Scientific memoirs by medical officers of the Army of India - Part VI,
Year: 1891
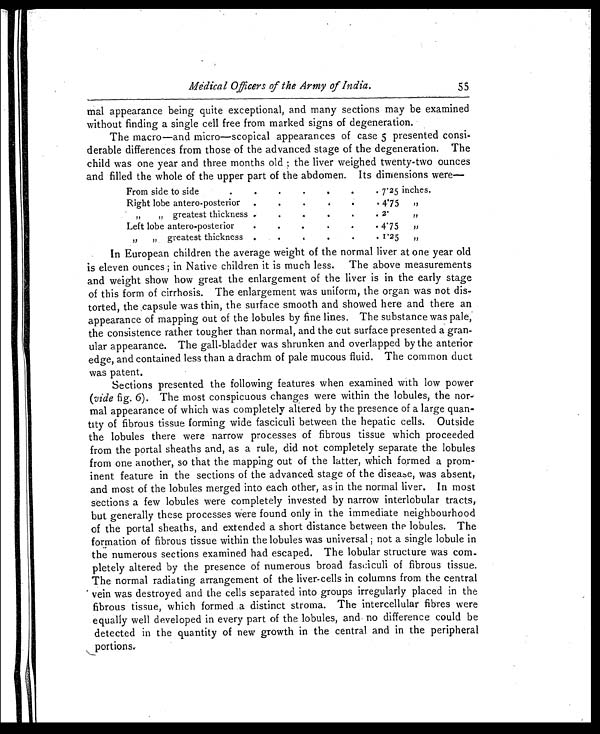
Medical Officers of the Army of India.
55
mal appearance being quite exceptional, and many sections may be examined
without finding a single cell free from marked signs of degeneration.
The macro—and micro—scopical appearances of case 5 presented consi-
derable differences from those of the advanced stage of the degeneration. The
child was one year and three months old; the liver weighed twenty-two ounces
and filled the whole of the upper part of the abdomen. Its dimensions were—
From side to side.
.
.
.
. .
. 7
.25 inches.
Right lobe antero-posterio
.
.
.
.
.
. 4.75
, ,
,,
„ greatest thickness .
.
.
.
.
. 2.
,,
Left lobe antero-posterior
.
.
.
.
.
. 4.75
,,
„
„ greatest thickness .
.
.
.
. 1.25 „
In European children the average weight of the normal liver at one year old
is eleven ounces ; in Native children it is much less. The above measurements
and weight show how great the enlargement of the liver is in the early stage
of this form of cirrhosis. The enlargement was uniform, the organ was not dis-
torted, the capsule was thin, the surface smooth and showed here and there an
appearance of mapping out of the lobules by fine lines. The substance was pale;
the consistence rather tougher than normal, and the cut surface presented a gran-
ular appearance. The gall-bladder was shrunken and overlapped by the anterior
edge, and contained less than a drachm of pale mucous fluid. The common duct
was patent.
Sections presented the following features when examined with low power
(vide fig. 6). The most conspicuous changes were within the lobules, the nor-
mal appearance of which was completely altered by the presence of a large quan-
tity of fibrous tissue forming wide fasciculi between the hepatic cells. Outside
the lobules there were narrow processes of fibrous tissue which proceeded
from the portal sheaths and, as a rule, did not completely separate the lobules
from one another, so that the mapping out of the latter, which formed a prom-
inent feature in the sections of the advanced stage of the disease, was absent,
and most of the lobules merged into each other, as in the normal liver. In most
sections a few lobules were completely invested by narrow interlobular tracts,
but generally these processes Were found only in the immediate neighbourhood
of the portal sheaths, and extended a short distance between the lobules. The
formation of fibrous tissue within the lobules was universal; not a single lobule in
the numerous sections examined had escaped. The lobular structure was com-
pletely altered by the presence of numerous broad fasciculi of fibrous tissue.
The normal radiating arrangement of the liver-cells in columns from the central
vein was destroyed and the cells separated into groups irregularly placed in the
fibrous tissue, which formed a distinct stroma. The intercellular fibres were
equally well developed in every part of the lobules, and no difference could be
detected in the quantity of new growth in the central and in the peripheral
portions.